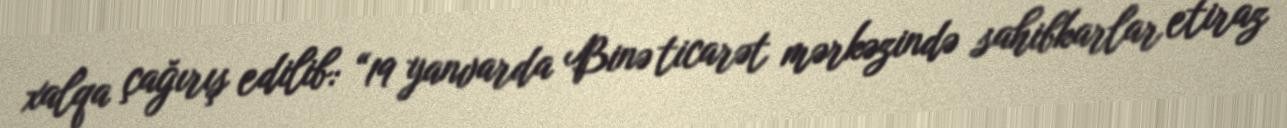
xalqa çağırış edilib: “19 yanvarda Binə ticarət mərkəzində sahibkarlar etiraz